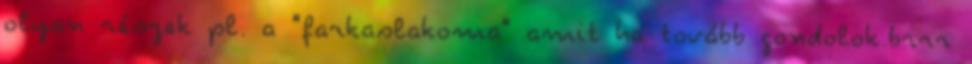
olyan részek pl. a "farkaslakoma" amit ha tovább gondolok.brrr